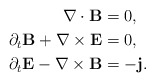
\begin{align*}\nabla \cdot {\bf B} & = 0, \\\partial_t {\bf B} + \nabla \times {\bf E} & = 0, \\\partial_t {\bf E} - \nabla \times {\bf B} & = -{\bf j}. \end{align*}